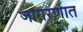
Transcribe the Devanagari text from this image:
जागरणात